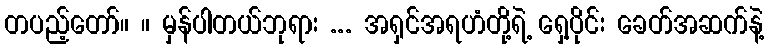
တပည့်တော်။ ။ မှန်ပါတယ်ဘုရား ... အရှင်အရဟံတို့ရဲ့ ရှေ့ပိုင်း ခေတ်အဆက်နဲ့